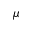
\mu